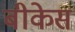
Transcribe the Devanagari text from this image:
बीकेस